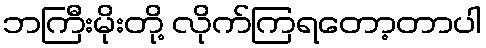
ဘကြီးမိုးတို့ လိုက်ကြရတော့တာပါ